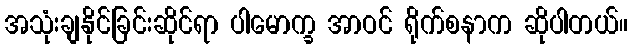
အသုံးချနိုင်ခြင်းဆိုင်ရာ ပါမောက္ခ အာဝင် ရိုက်စနာက ဆိုပါတယ်။